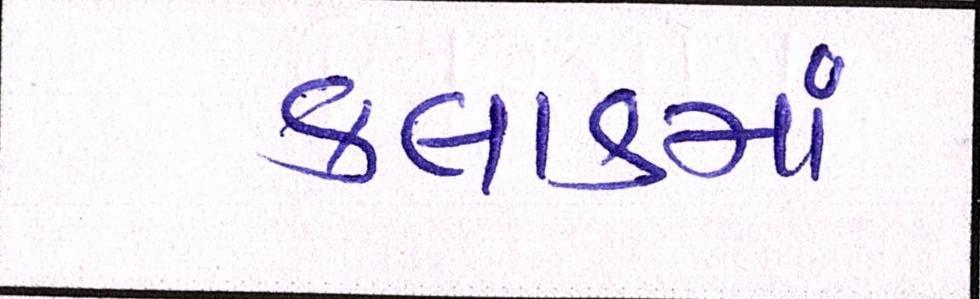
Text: ક્લાસમાં